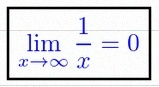
\lim_{x\to\infty}\frac{1}{x}=0